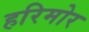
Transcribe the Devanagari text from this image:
हरिमोर